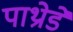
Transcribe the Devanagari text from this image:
पाथ्रोडे